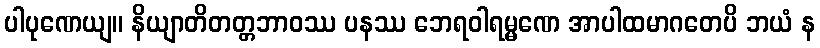
ပါပုဏေယျ။ နိယျာတိတတ္တဘာဝဿ ပနဿ ဘေရဝါရမ္မဏေ အာပါထမာဂတေပိ ဘယံ န